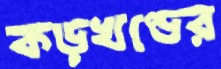
কড়খণ্ডের